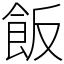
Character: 飯